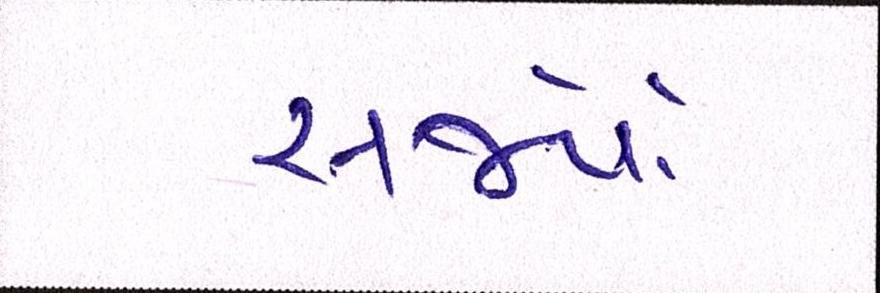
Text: સર્જયો